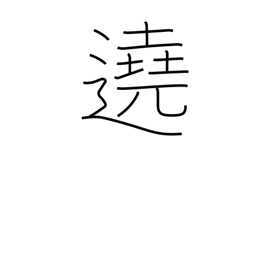
Meaning: surround